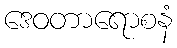
ဒေဝတာရောစနံ